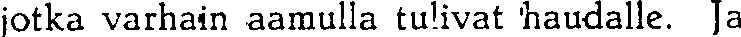
jotka varhain aamulla tulivat haudalle. Ja